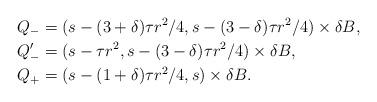
LaTeX: \begin{align*}Q_- &= (s-(3+\delta)\tau r^2/4,s-(3-\delta)\tau r^2/4)\times \delta B,\\Q_-' &= (s-\tau r^2,s-(3-\delta)\tau r^2/4)\times \delta B,\\Q_+&=(s-(1+\delta)\tau r^2/4,s)\times \delta B.\end{align*}